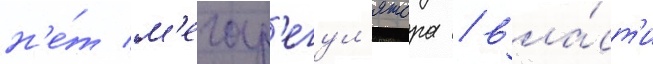
н'е́т м'егар'егул'ятора / вла́ст'и